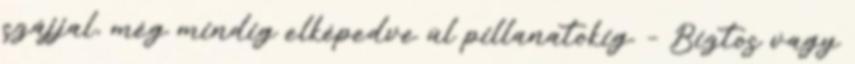
szájjal, még mindig elképedve ül pillanatokig. – Biztos vagy